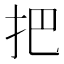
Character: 把